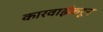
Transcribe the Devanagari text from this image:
कारवाईकरून